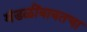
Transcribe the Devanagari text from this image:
मंडळींबाबतचा